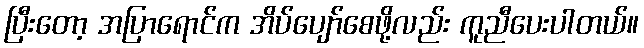
ပြီးတော့ အပြာရောင်က အိပ်ပျော်စေဖို့လည်း ကူညီပေးပါတယ်။